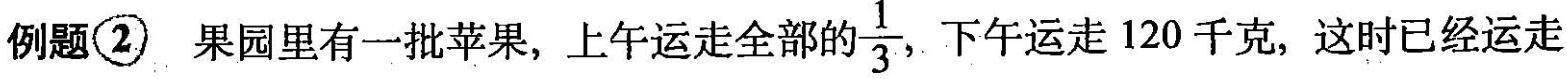
例题②果园里有一批苹果，上午运走全部的 \frac{1}{3}，下午运走120千克，这时已经运走